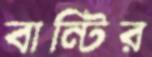
বান্টির